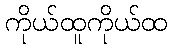
ကိုယ်ထူကိုယ်ထ